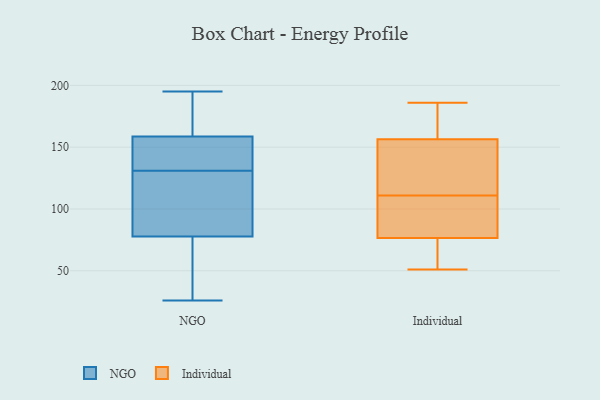
{"axis": {"x": "Active Users", "y": "Value"}, "legend": ["Individual", "NGO"], "data": [{"x": "", "y": 131, "type": "NGO"}, {"x": "", "y": 77, "type": "NGO"}, {"x": "", "y": 195, "type": "NGO"}, {"x": "", "y": 152, "type": "NGO"}, {"x": "", "y": 161, "type": "NGO"}, {"x": "", "y": 41, "type": "NGO"}, {"x": "", "y": 171, "type": "NGO"}, {"x": "", "y": 141, "type": "NGO"}, {"x": "", "y": 26, "type": "NGO"}, {"x": "", "y": 115, "type": "NGO"}, {"x": "", "y": 80, "type": "NGO"}, {"x": "", "y": 82, "type": "Individual"}, {"x": "", "y": 170, "type": "Individual"}, {"x": "", "y": 185, "type": "Individual"}, {"x": "", "y": 63, "type": "Individual"}, {"x": "", "y": 68, "type": "Individual"}, {"x": "", "y": 55, "type": "Individual"}, {"x": "", "y": 91, "type": "Individual"}, {"x": "", "y": 127, "type": "Individual"}, {"x": "", "y": 71, "type": "Individual"}, {"x": "", "y": 186, "type": "Individual"}, {"x": "", "y": 142, "type": "Individual"}, {"x": "", "y": 107, "type": "Individual"}, {"x": "", "y": 153, "type": "Individual"}, {"x": "", "y": 110, "type": "Individual"}, {"x": "", "y": 180, "type": "Individual"}, {"x": "", "y": 112, "type": "Individual"}, {"x": "", "y": 125, "type": "Individual"}, {"x": "", "y": 51, "type": "Individual"}, {"x": "", "y": 160, "type": "Individual"}, {"x": "", "y": 84, "type": "Individual"}]}